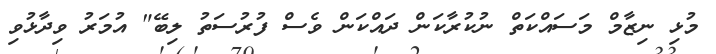
މުޅި ނިޒާމް މަސައްކަތް ނުކުރާކަން ދައްކަން ވެސް ފުރުސަތު ލިބޭ" އުމަރު ވިދާޅުވި